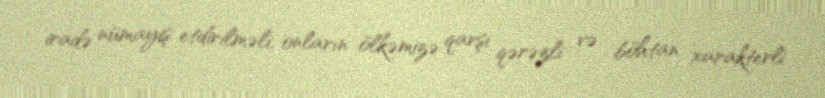
iradə nümayiş etdirilməli, onların ölkəmizə qarşı qərəzli və böhtan xarakterli